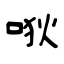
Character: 唙